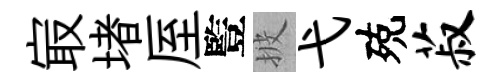
㝡堵厔䜿披弋殑菽